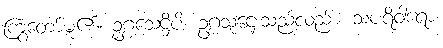
ကြွတော်မူ၏။ ဥဂ္ဂသေဋ္ဌိပိ၊ ဥဂ္ဂသူဌေးသည်လည်း။ သပရိဝါရော၊